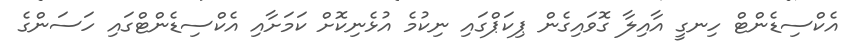
އެކްސިޑެންޓް ހިނގީ އާއިލާ ގޮވައިގެން ޕިކަޕްގައި ނިކުމެ އުޅެނިކޮށް ކަމަށާއި އެކްސިޑެންޓްގައި ހަސަންގެ